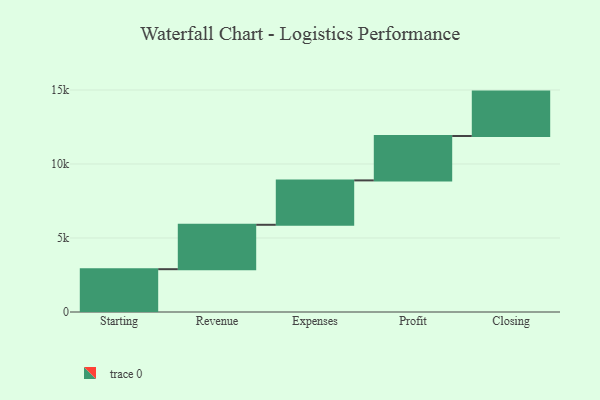
{"axis": {"x": "Step", "y": "Value"}, "legend": [""], "data": [{"x": "Starting", "y": 2893.0, "type": ""}, {"x": "Revenue", "y": 3000, "type": ""}, {"x": "Expenses", "y": 3000, "type": ""}, {"x": "Profit", "y": 3000, "type": ""}, {"x": "Closing", "y": 3000, "type": ""}]}